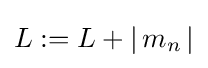
L:=L+{\mathcal {j}}\,m_{n}\,{\mathcal {j}}